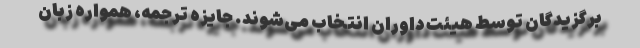
برگزیدگان توسط هیئت داوران انتخاب می‌شوند. جایزه ترجمه، همواره زبان